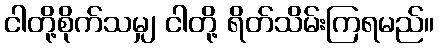
ငါတို့စိုက်သမျှ ငါတို့ ရိတ်သိမ်းကြရမည်။